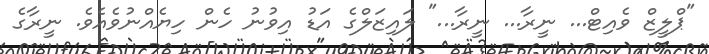
"ޕްލީޒް ވެއިޓް... ނީރާ... ނީރާ..." ލައިޒަލްގެ އަޑު އިވުނު ހެން ހިޔެއްނުވެއެވެ. ނީރާގެ